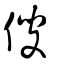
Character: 傁